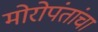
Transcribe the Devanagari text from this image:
मोरोपंतांचा